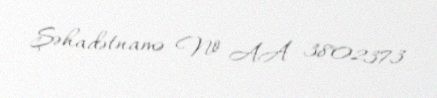
Şəhadətnamə № AA 3802373